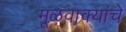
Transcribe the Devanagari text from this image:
मूळवाक्यांचे